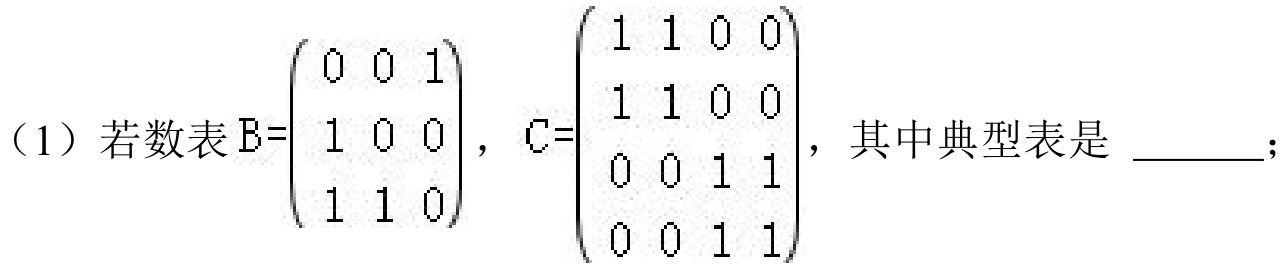
(1)若数表\(B=\begin{pmatrix}0&0&1\\1&0&0\\1&1&0\end{pmatrix}\)，\(C = \begin{pmatrix}1&1&0&0\\1&1&0&0\\0&0&1&1\\0&0&1&1\end{pmatrix}\)，其中典型表是 \_\_\_\_ ；